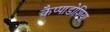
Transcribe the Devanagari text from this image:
कैप्पाडोशिया